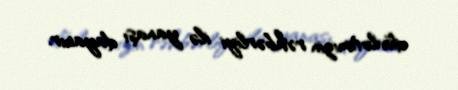
dövlətimizin rəhbərliyi ilə yanaşı dayanır.